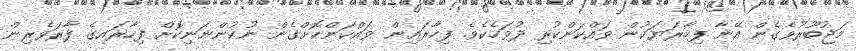
މަޖުބޫރުވެގެން އޭނާ ފިހާރަޔަކުން ވައްކަންކުރި ދުވަހެކެވެ. ފިހާރައިން ވައްކަންކޮށްގެން ނުކުންނަނިކޮށް ފިހާރައިގެ ފާރަވެރިން